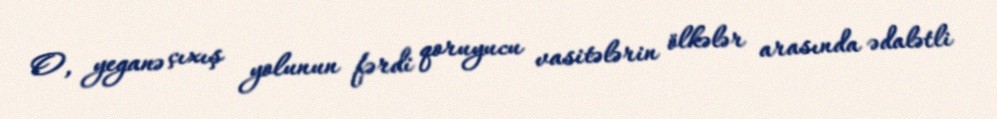
O, yeganə çıxış yolunun fərdi qoruyucu vasitələrin ölkələr arasında ədalətli